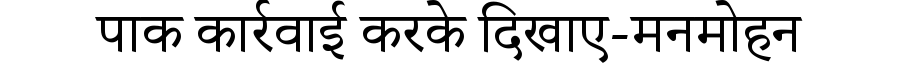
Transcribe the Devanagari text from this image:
पाक कार्रवाई करके दिखाए-मनमोहन